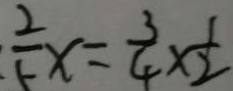
\frac { 2 } { 5 } x = \frac { 3 } { 4 } \times \frac { 1 } { 2 }